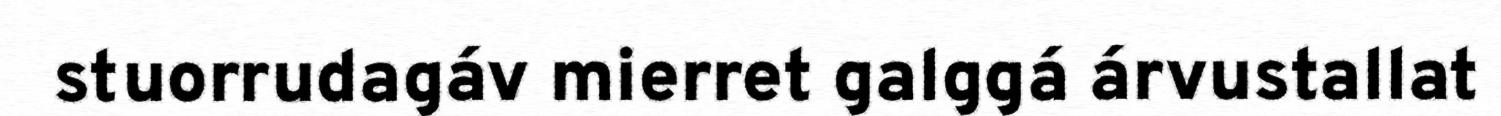
stuorrudagáv mierret galggá árvustallat